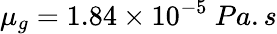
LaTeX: \mu_{g}=1.84\times 10^{-5}~Pa.s